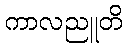
ကာလညူတိ